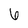
Character: 6